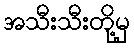
အသီးသီးတို့မှ